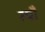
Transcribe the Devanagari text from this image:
त्‍यौं